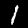
Label: 1